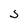
Character: S